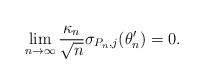
LaTeX: \begin{align*}\lim_{n \to \infty}\frac{\kappa_n}{\sqrt n}\sigma_{P_n,j}(\theta^\prime_n) =0.\end{align*}